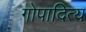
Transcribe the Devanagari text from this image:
गोपादित्य